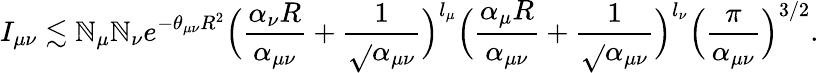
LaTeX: I_{\mu\nu}\lesssim\mathbb{N}_{\mu}\mathbb{N}_{\nu}e^{-\theta_{\mu\nu}R^{2}}\Big(\frac{{\alpha_{\nu}R}}{{\alpha_{\mu\nu}}}+\frac{{1}}{{\sqrt{}{{\alpha_{\mu\nu}}}}}\Big)^{l_{\mu}}\Big(\frac{{\alpha_{\mu}R}}{{\alpha_{\mu\nu}}}+\frac{{1}}{{\sqrt{}{{\alpha_{\mu\nu}}}}}\Big)^{l_{\nu}}\Big(\frac{{\pi}}{{\alpha_{\mu\nu}}}\Big)^{3/2}.